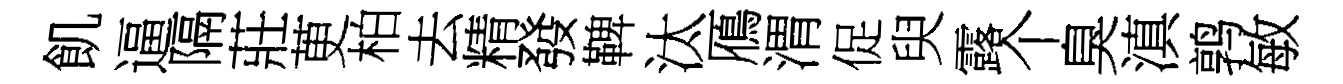
飢逼隔莊茰柏去精發鞞汰鴈渭促臾露个臭滇鹑敏